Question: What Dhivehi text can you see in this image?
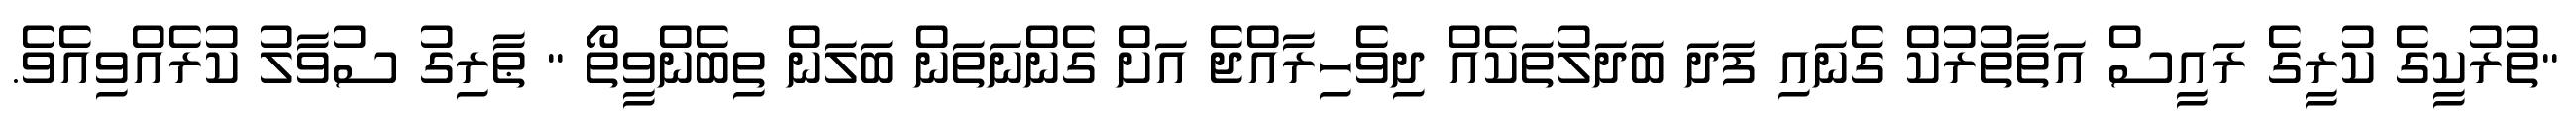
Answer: "ތުރުކީގެ ކުރީގެ ރައީސް އަތާތުރުކް ގެނައި ފަދަ ބަދަލުތަކެއް ދިވެހިރާއްޖެ އަށް ގެންނަތަން ބަލަން ތިބެންވީތޯ " ޠާރިގު ސުވާލު ކުރެއްވިއެވެ.